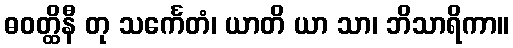
ဓဝတ္ထိနီ တု သင်္ကေတံ၊ ယာတိ ယာ သာ၊ ဘိသာရိကာ။